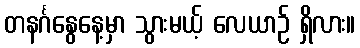
တနင်္ဂနွေနေ့မှာ သွားမယ့် လေယာဉ် ရှိလား။